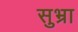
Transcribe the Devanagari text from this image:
सुभ्रा